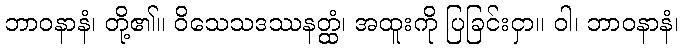
ဘာဝနာနံ၊ တို့၏။ ဝိသေသဒဿနတ္ထံ၊ အထူးကို ပြခြင်းငှာ။ ဝါ၊ ဘာဝနာနံ၊